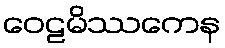
ဝေဠမိဿကေန